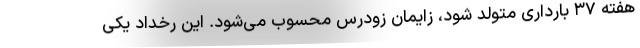
هفته ۳۷ بارداری متولد شود، زایمان زودرس محسوب می‌شود. این رخداد یکی